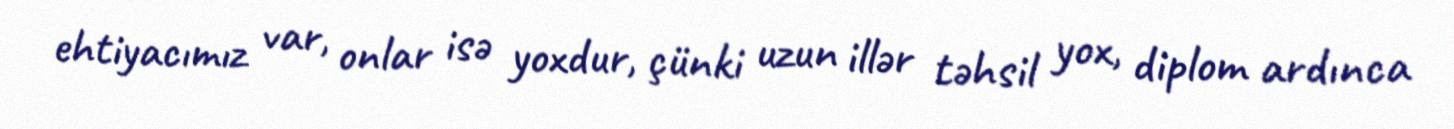
ehtiyacımız var, onlar isə yoxdur, çünki uzun illər təhsil yox, diplom ardınca